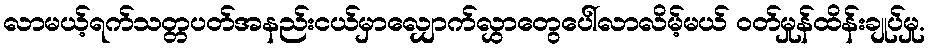
လာမယ့်ရက်သတ္တပတ်အနည်းငယ်မှာလျှောက်လွှာတွေပေါ်လာလိမ့်မယ် ဝတ်မှုန်ထိန်းချုပ်မှု.